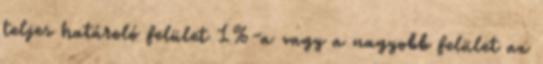
teljes határoló felület 1%-a vagy a nagyobb felület az